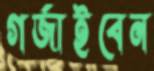
গর্জাইবেন